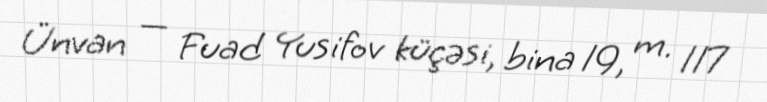
Ünvan — Fuad Yusifov küçəsi, bina 19, m. 117